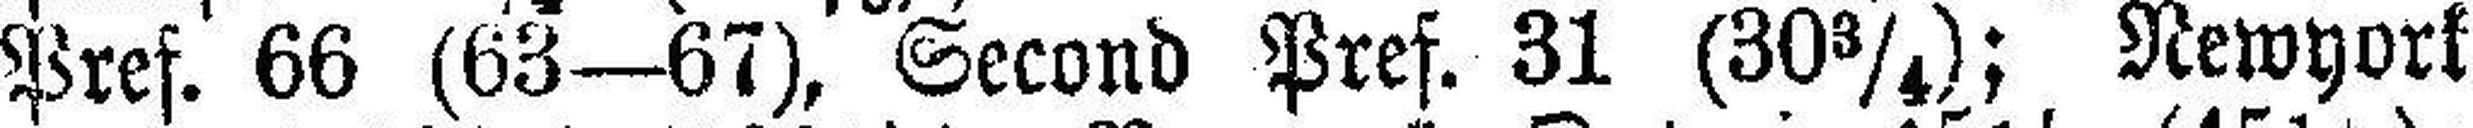
Pref. 66 (63—67), Second Pref. 31 (30¾); Newyork